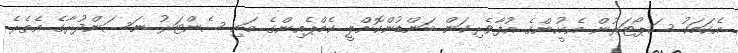
އެކަމަކު ސަޕޯޓަރުން އެމީހުންގެ އުފާވެރިކަން ބަންޑުންކޮށްލީ ކެމްޕެއިންގެ މައި ސެންޓަރު ނަސަންދުރާގެ އެތެރެ